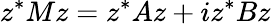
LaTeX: z^{*}Mz=z^{*}Az+iz^{*}Bz